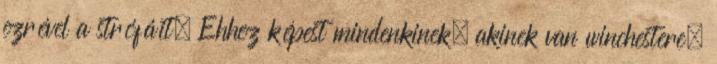
ezrével a strófáit. Ehhez képest mindenkinek, akinek van winchestere,